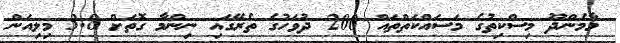
މާމެންދޫ މިސްކިތުގެ މަސައްކަތްތައް 200 ދުވަހުގެ ތެރޭގައި ނިންމާ ގޮތަށް 3.8 މިލިއަން